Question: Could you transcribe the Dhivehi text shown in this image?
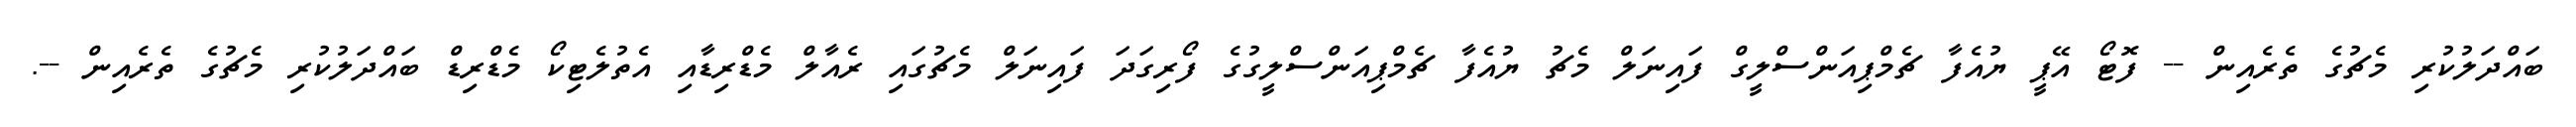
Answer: ބައްދަލުކުރި މެޗުގެ ތެރެއިން -- ފޮޓޯ އޭޕީ ޔުއެފާ ޗެމްޕިއަންސްލީގް ފައިނަލް މެޗު ޔުއެފާ ޗެމްޕިއަންސްލީގުގެ ފޯރިގަދަ ފައިނަލް މެޗުގައި ރެއާލް މެޑްރިޑާއި އެތުލެޓިކޯ މެޑްރިޑް ބައްދަލުކުރި މެޗުގެ ތެރެއިން --.